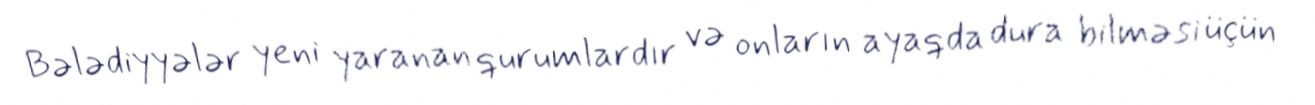
Bələdiyyələr yeni yaranan qurumlardır və onların ayaqda dura bilməsi üçün